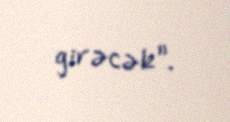
girəcək”.